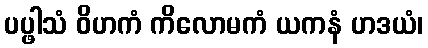
ပပ္ဖါသံ ဝိဟကံ ကိလောမကံ ယကနံ ဟဒယံ၊